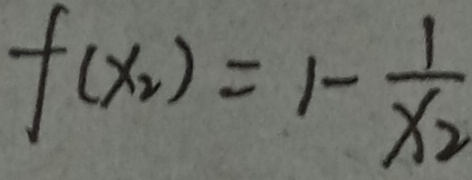
f ( x _ { 2 } ) = 1 - \frac { 1 } { x _ { 2 } }